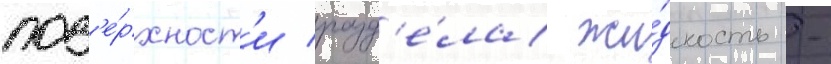
пов'е́рхност'и разд'е́ла жи́дкость -